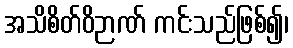
အသိစိတ်ဝိဉာဏ် ကင်းသည်ဖြစ်၍၊